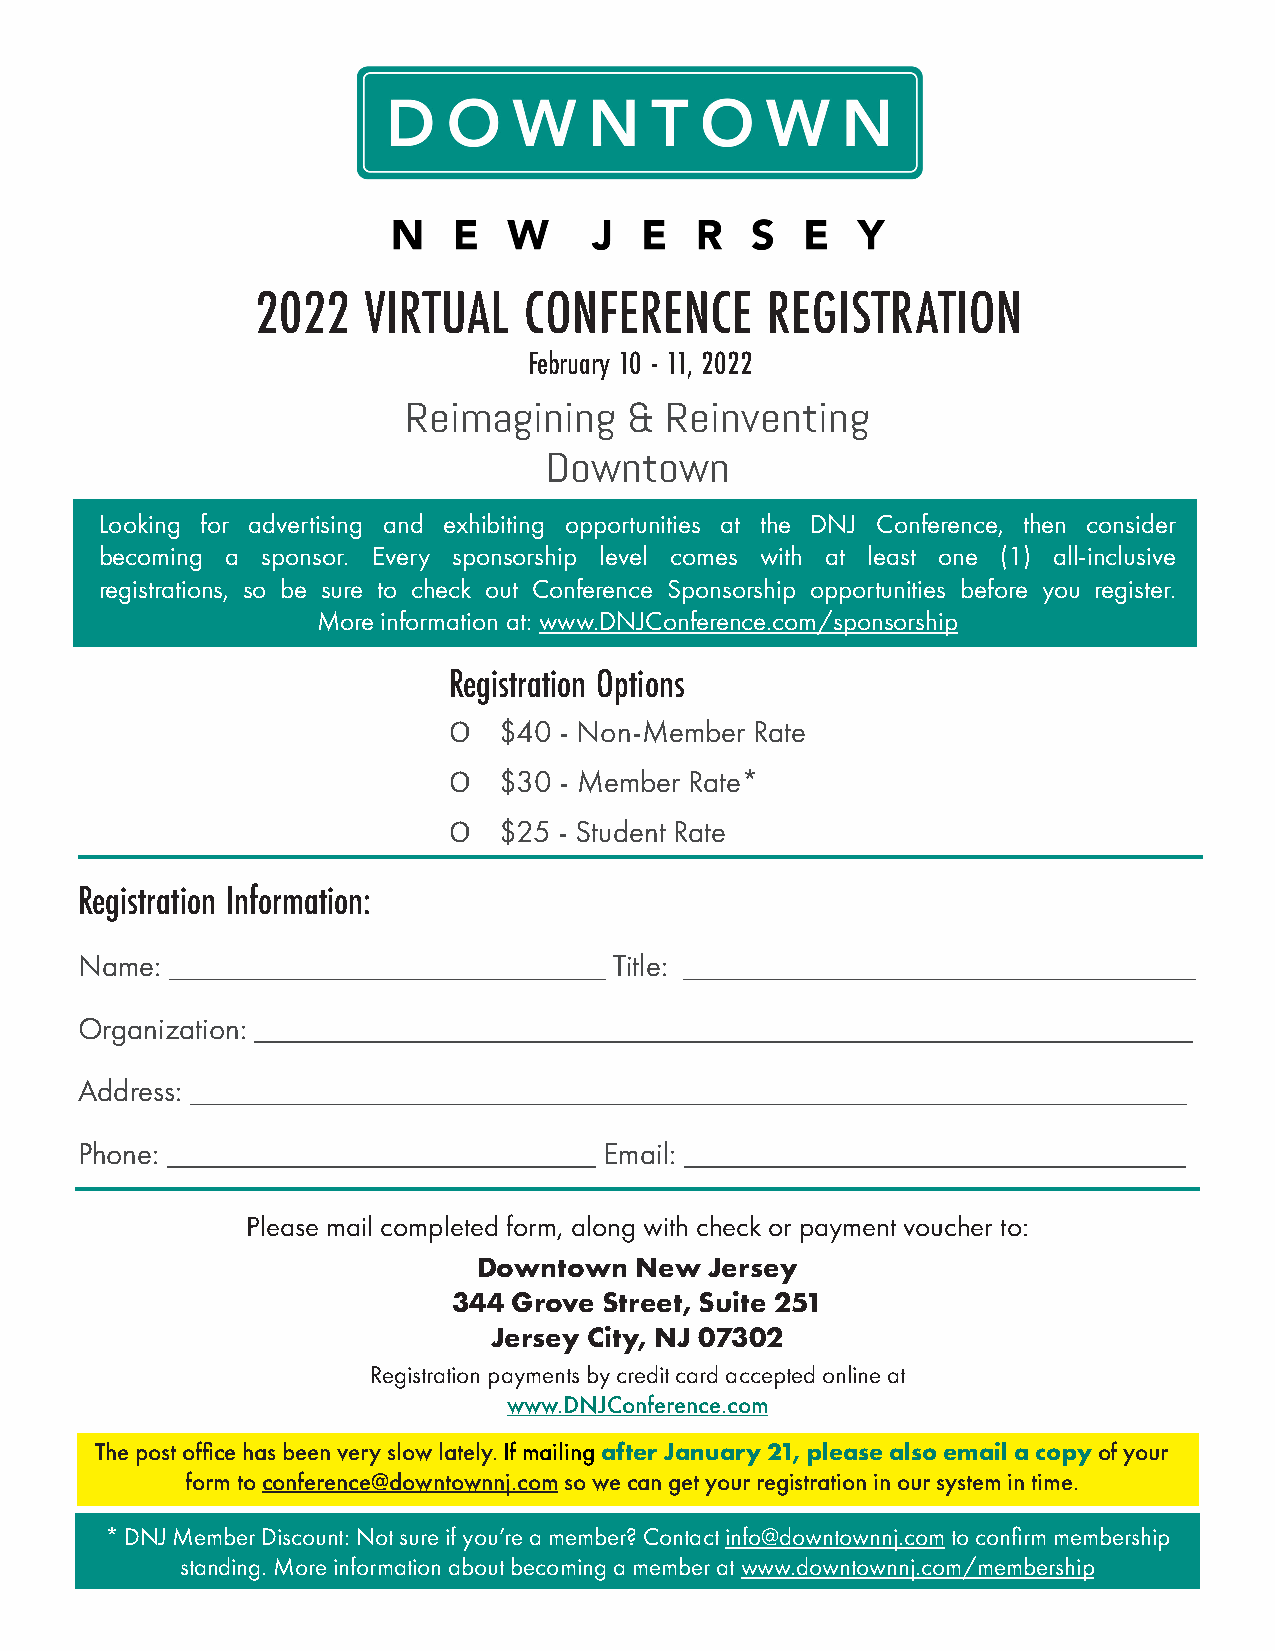
2022   VIRTUAL    CONFERENCE      REGISTRATION
 February 10 - 11, 2022
 Reimagining    & Reinventing
 Downtown
 Looking for advertising and exhibiting opportunities at the DNJ Conference, then consider
 becoming a sponsor. Every sponsorship level comes with at least one (1) all-inclusive
 registrations, so be sure to check out Conference Sponsorship opportunities before you register.
 More information at: www.DNJConference.com/sponsorship
 Registration Options
 Ο  $40 - Non-Member Rate
 Ο  $30 - Member Rate*
 Ο  $25 - Student Rate
 Registration Information:
 Name:                               Title:
 Organization:
 Address:
 Phone:                             Email:
 Please mail completed form, along with check or payment voucher to:
 Downtown  New  Jersey
 344 Grove Street, Suite 251
 Jersey City, NJ 07302
 Registration payments by credit card accepted online at
 www.DNJConference.com
 The post office has been very slow lately. If mailing after January 21, please also email a copy of your
 form to conference@downtownnj.com so we can get your registration in our system in time.
 * DNJ Member Discount: Not sure if you’re a member? Contact info@downtownnj.com to confirm membership
 standing. More information about becoming a member at www.downtownnj.com/membership